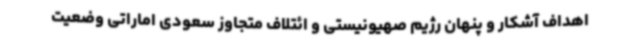
اهداف آشکار و پنهان رژیم صهیونیستی و ائتلاف متجاوز سعودی اماراتی وضعیت